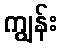
ကျွန်း